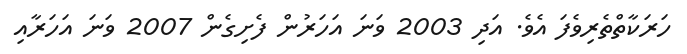
ހަރަކާތްތެރިވެފަ އެވެ. އަދި 2003 ވަނަ އަހަރުން ފެށިގެން 2007 ވަނަ އަހަރާއި